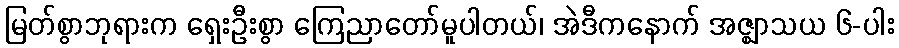
မြတ်စွာဘုရားက ရှေးဦးစွာ ကြေညာတော်မူပါတယ်၊ အဲဒီကနောက် အဇ္ဈာသယ ၆-ပါး